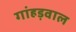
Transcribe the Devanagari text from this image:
गांहड़वाल